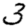
Digit: 3